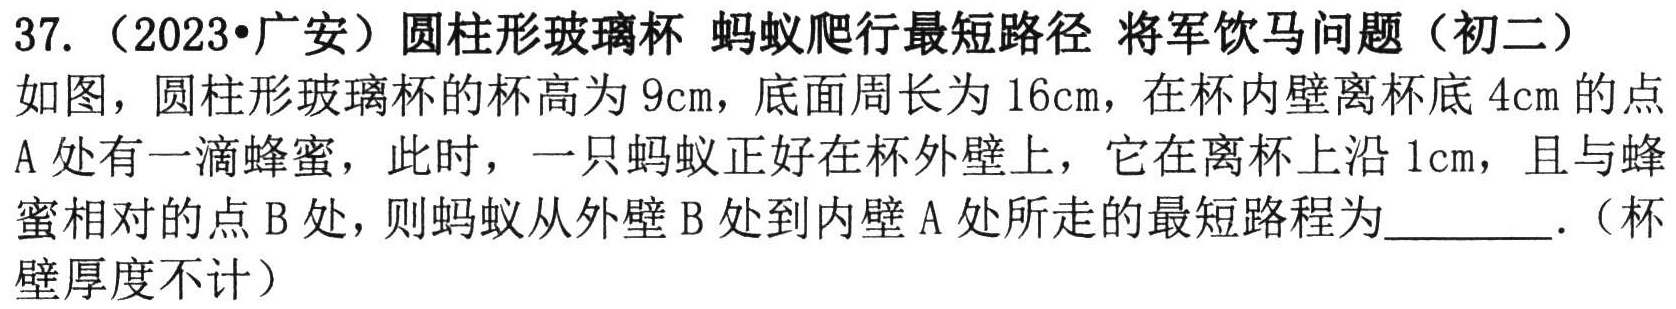
37.（2023•广安）圆柱形玻璃杯 蚂蚁爬行最短路径 将军饮马问题（初二）

如图，圆柱形玻璃杯的杯高为\(9\text{cm}\)，底面周长为\(16\text{cm}\)，在杯内壁离杯底\(4\text{cm}\)的点A处有一滴蜂蜜，此时，一只蚂蚁正好在杯外壁上，它在离杯上沿\(1\text{cm}\)，且与蜂蜜相对的点B处，则蚂蚁从外壁B处到内壁A处所走的最短路程为  ．（杯壁厚度不计）